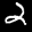
Label: 2